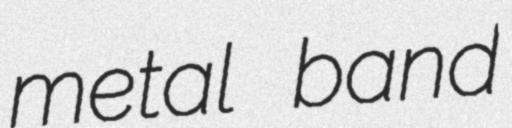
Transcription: metal band